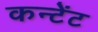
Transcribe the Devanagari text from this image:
कन्टेंट